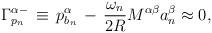
LaTeX: \begin{align*}\Gamma_{p_{n}}^{\alpha -}\,\equiv\,p_{b_{n}}^{\alpha}\,- \,\frac{\omega_{n}}{2R} M ^{\alpha \beta} a_{n}^{\beta}\approx 0,\,\,\,\,\,\,\,\end{align*}